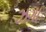
ઝગા